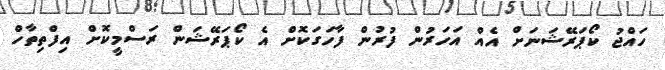
ހައްޖު ކޯޕަރޭޝަނަށް އެއް އަހަރުން ފުރުން ފާހަގަކޮށް އެ ކޯޕަރޭޝަން ރަސްމީކޮށް އިފްތިތާހް